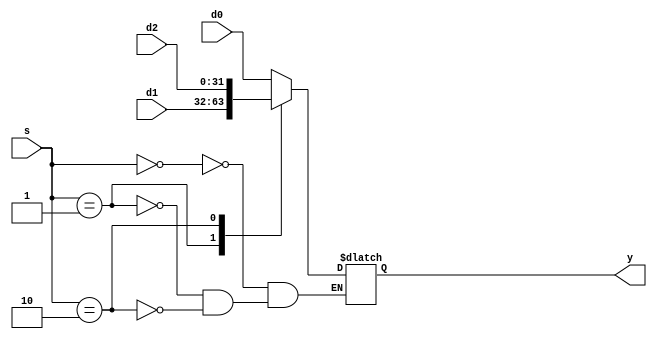
module mux4alu1 (d0, d1, d2, s, y);
    
    input  [31:0] d0, d1, d2;
    input  [1:0] s;
    output [31:0] y;
    
    reg [31:0] y_r;
    
    always @( * ) begin
        case ( s )
            2'b00: y_r = d0;
            2'b01: y_r = d1;
            2'b10: y_r = d2;
            default: ;
        endcase             
    end 
    
    assign y = y_r;
        
endmodule

module mux4alu2 (d0, d1, d2,s, y);
    
    input  [31:0] d0, d1, d2;
    input  [1:0] s;
    output [31:0] y;
    
    reg [31:0] y_r;
    
    always @( * ) begin
        case ( s )
            2'b00: y_r = d0;
            2'b01: y_r = d1;
            2'b10: y_r = d2;
            default: ;
        endcase             
    end 
    
    assign y = y_r;
        
endmodule

module mux2compare1 (d0, d1, s, y);
    
    input  [31:0] d0, d1;
    input  s;
    output [31:0] y;
    
    reg [31:0] y_r;
    
    always @( * ) begin
        case ( s )
            0: y_r = d0;
            1: y_r = d1;
            default: ;
        endcase             
    end 
    
    assign y = y_r;
        
endmodule

module mux2compare2 (d0, d1,s, y);
    
    input  [31:0] d0, d1;
    input  s;
    output [31:0] y;
    
    reg [31:0] y_r;
    
    always @( * ) begin
        case ( s )
            0: y_r = d0;
            1: y_r = d1;
            default: ;
        endcase             
    end 
    
    assign y = y_r;
        
endmodule